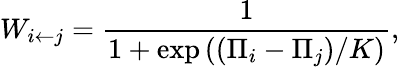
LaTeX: W_{i\leftarrow{}j}=\frac{1}{1+\exp\left(\left(\Pi_{i}-\Pi_{j}\right)/K\right)},